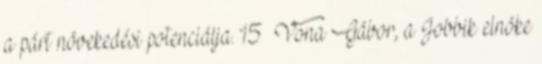
a párt növekedési potenciálja. 15 Vona Gábor, a Jobbik elnöke